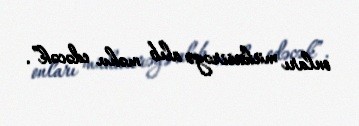
onları mühasirəyə alıb məhv edəcək”.